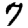
Digit: 7